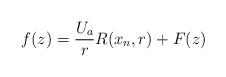
LaTeX: \begin{align*}f(z) = \frac{U_a}{r}R(x_n,r) + F(z)\end{align*}